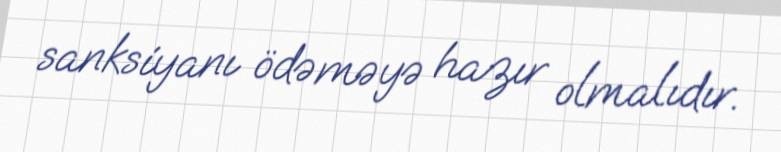
sanksiyanı ödəməyə hazır olmalıdır.